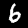
Label: 6